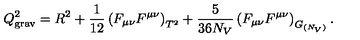
Q _ { \mathrm { g r a v } } ^ { 2 } = R ^ { 2 } + { \frac { 1 } { 1 2 } } \left( F _ { \mu \nu } F ^ { \mu \nu } \right) _ { T ^ { 2 } } + { \frac { 5 } { 3 6 N _ { V } } } \left( F _ { \mu \nu } F ^ { \mu \nu } \right) _ { G _ { ( N _ { V } ) } } .